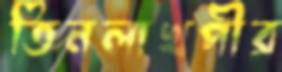
তিনলাখপীর